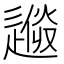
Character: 𨕼